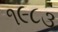
૧૯૮૩